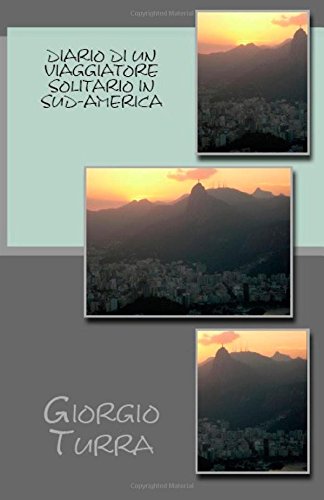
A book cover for Diario di un viaggiatore solitario in Sud-America (Italian Edition); Mr. Giorgio Turra; Travel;